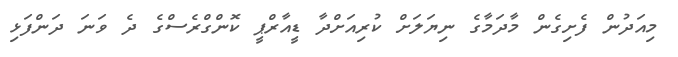
މިއަދުން ފެށިގެން މާދަމާގެ ނިޔަލަށް ކުރިއަށްދާ ޑީއާރްޕީ ކޮންގްރެސްގެ ދެ ވަނަ ދަންފަޅި